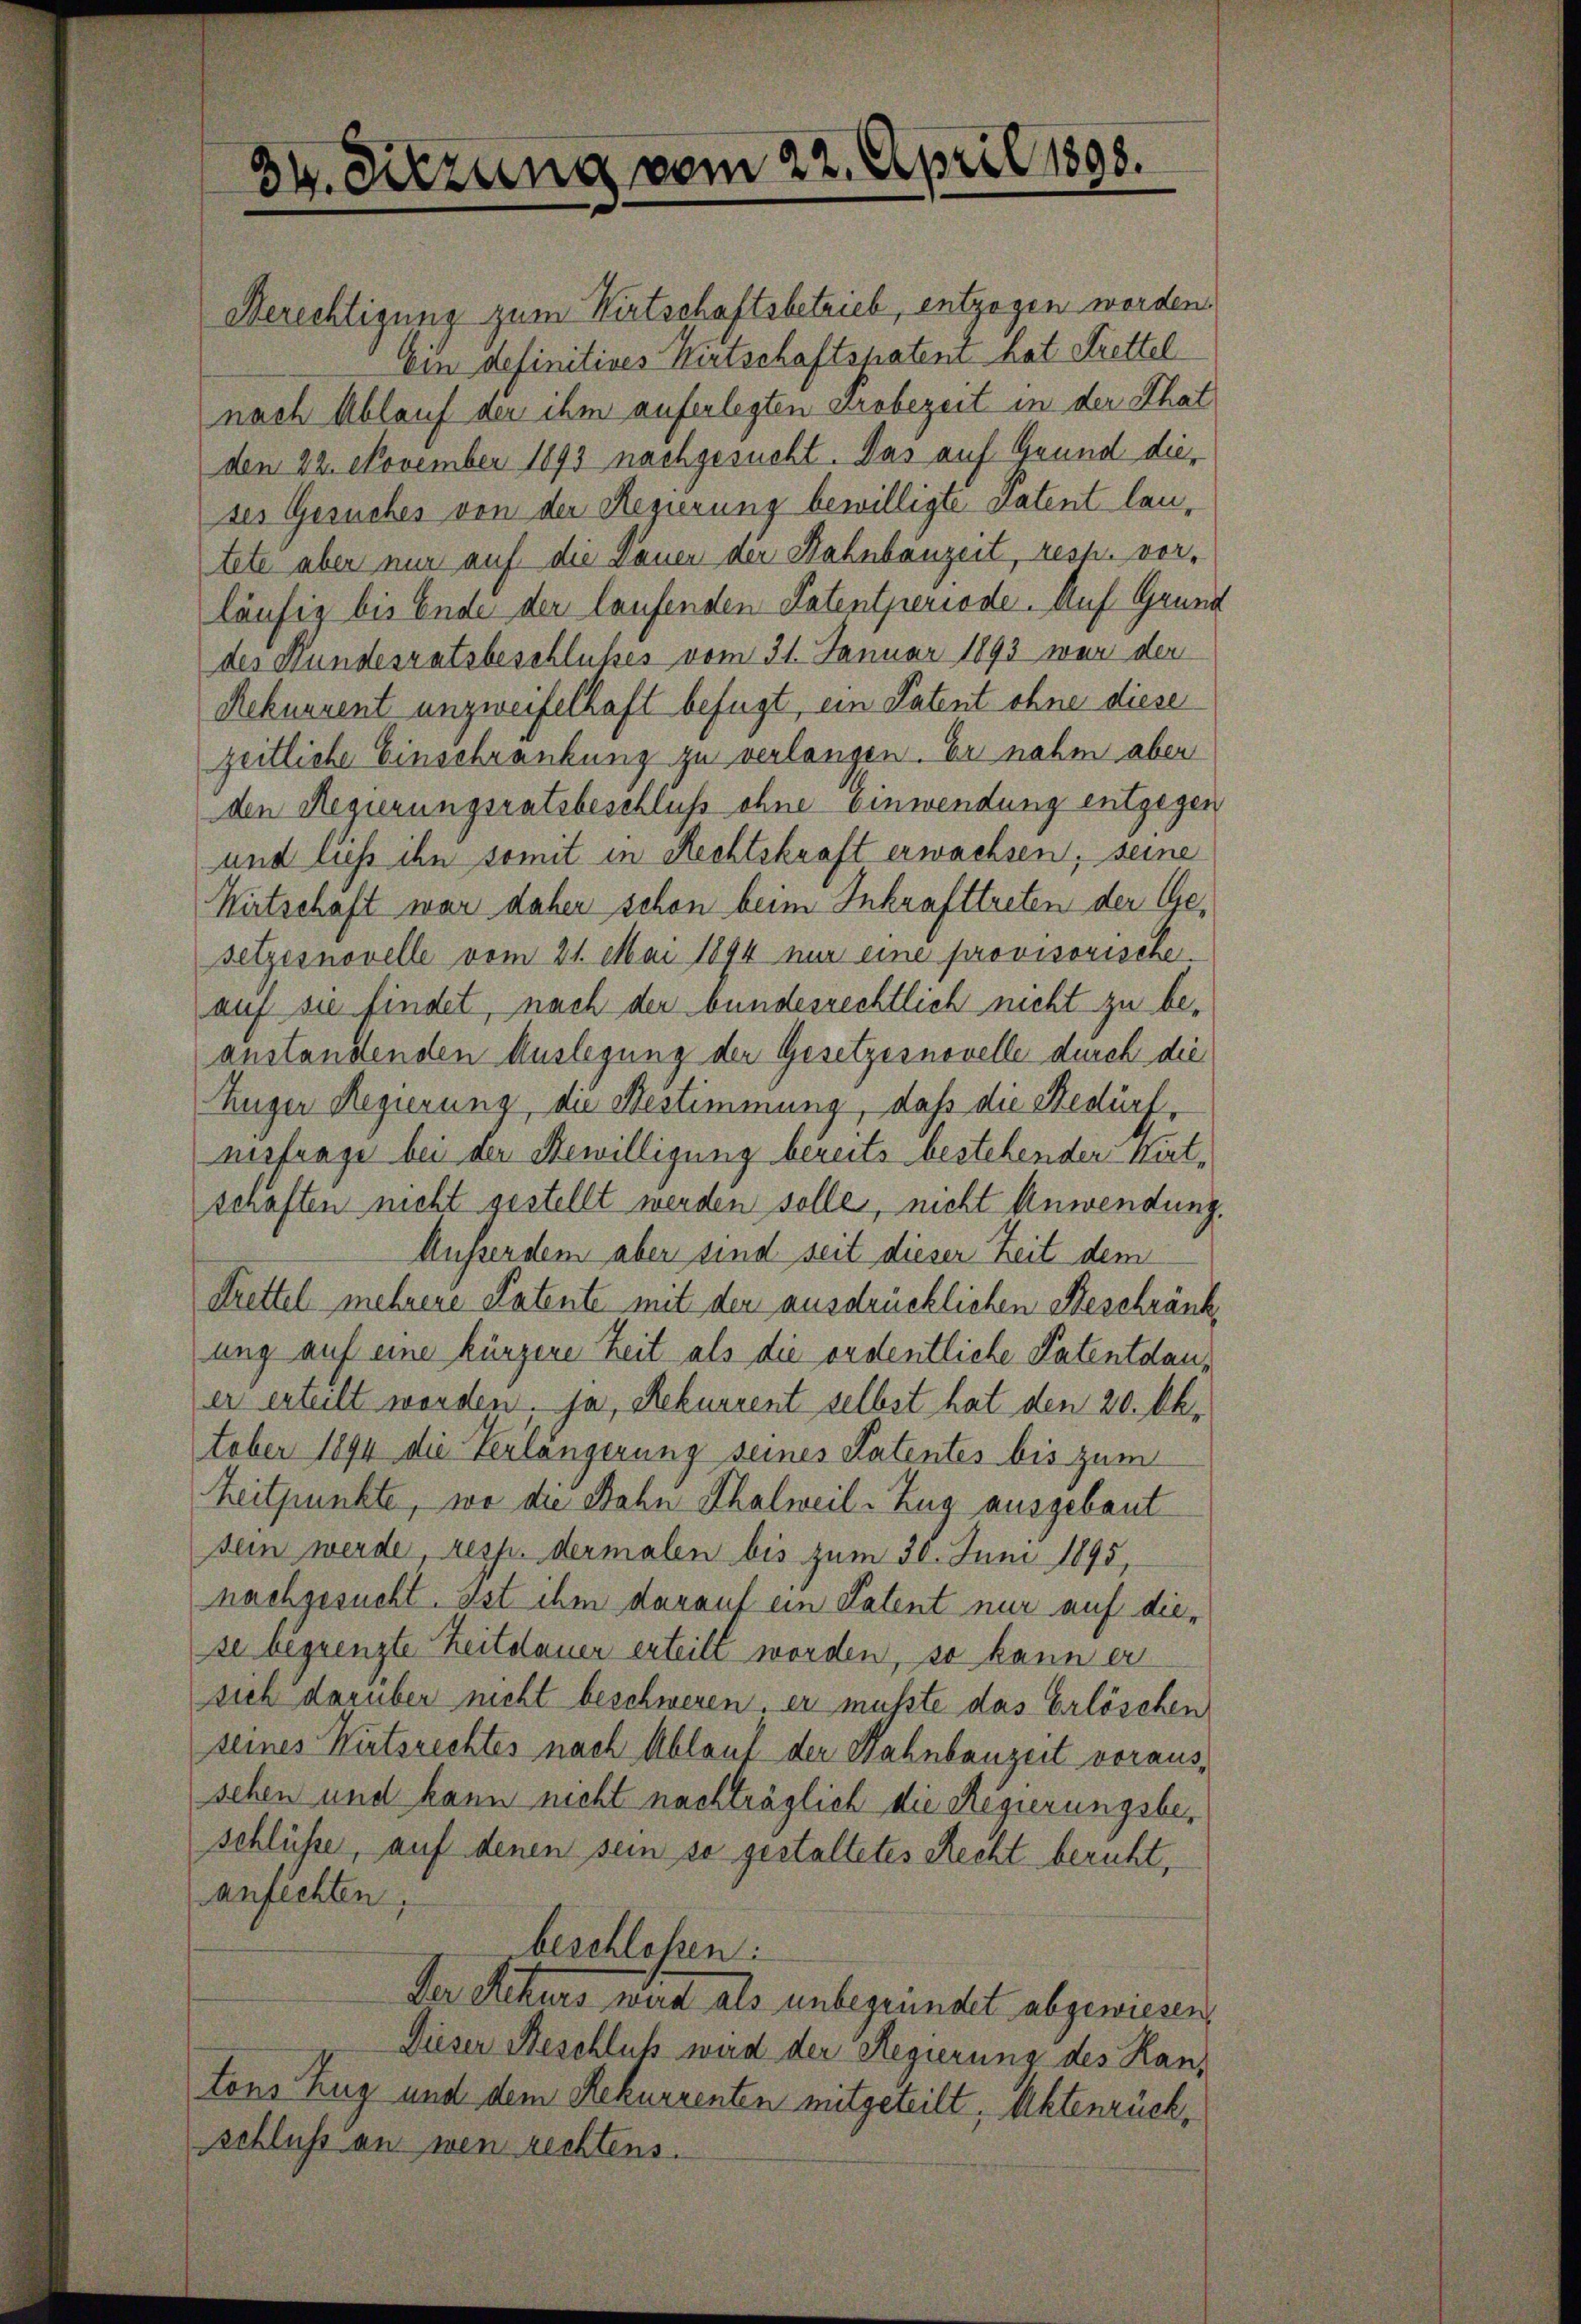
34. Sitzung vom 22. April 1898.

Berechtigung zum Wirtschaftsbetrieb, entzogen worden.
Ein definitives Wirtschaftspatent hat Krettel
nach Ablauf der ihm auferlegten Probezeit in der That
den 22. November 1893 nachgesucht. Das auf Grund dieses Gesuches von der Regierung bewilligte Patent lautete aber nur auf die Dauer der Hahnbauzeit, resh. vorläufig bis Ende der laufenden Patentperiode. Auf Grund
der Hundesratsbeschlußes vom 31. Januar 1893 war der
Rekurrent unzweifelhaft befugt, ein Patent ohne diese
zeitliche Einschränkung zu verlangen. Er nahm aber
den Regierungsratsbeschluss ohne Einwendung entgegen
und ließ ihn somit in Rechtskraft erwachsen, seine
Wirtschaft war daher schon beim Inkrafttreten der Gesetzesnovelle vom 21. Mai 1894 nur eine provisorische
auf sie findet, nach der bundesrechtlich nicht zu beanstandenden Auslegung der Gesetzesnovelle durch die
uger Regierung, die Bestimmung, daß die Bedürf
nisfrage bei der Bewilligung bereits bestehender Kirtschäften nicht gestellt werden solle, nicht Anwendung.
Ausserdem aber sind seit dieser Zeit dem
Krettel mehrere Patente mit den ausdrücklichen Beschränk
ung auf eine kürzene Zeit als die ordentliche Patentdauer erteilt worden. Ja, Rekurrent selbst hat den 20. Oktober 1894 die Verlängerung seines Patentes bis zum
Zeitpunkte, wo die Bahn Thalweil-Zug ausgebaut
sein werde, resp. dermalen bis zum 30. Juni 1895,
nachgesucht. Ist ihm darauf ein Patent nur auf diese begrenzte Zeitdauer erteilt worden, so kann er
sich darüber nicht beschweren, er musste das Erlöschen
seines Wirtsrechtes nach Ablauf der Hahnbauzeit voraussehen und kann nicht nachträglich die Regierungsbeschlüsse, auf denen sein so gestaltetes Recht beruht,
anfechten,
beschlossen:
Der Rekurs wird als unbegründet abgewiesen,
Dieser Beschluß wird der Regierung des Hantons Zug und dem Rekurrenten mitgeteilt, Aktenrückschluß an wen rechtens.